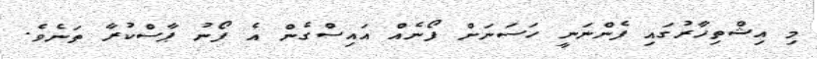
މި އިޝްތިހާރުގައި ފެންނަނީ ހަސަނަށް ފޯނެއް އައިސްގެން އެ ފޯނު ޕާސްކުރާ ތަނެވެ.